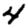
Digit: 4